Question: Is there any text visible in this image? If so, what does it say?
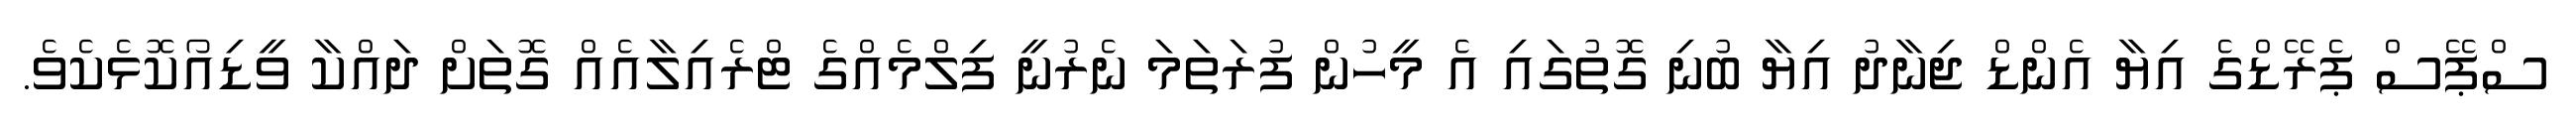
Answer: ސްޕޭސް ޕެރޭޑްގެ އިޔާ އެންޑް ޖިނާދު އިޔާ ބުނި ގޮތުގައި އެ މީހުން ފުރަތަމަ ނެރުނީ ފިލްމެއްގެ ޓްރެއިލާއެއް ގޮތަށް ދައްކާ ވީޑިއޯކޮޅެކެވެ.